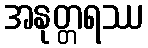
အနုတ္တရဿ